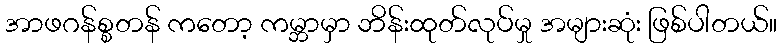
အာဖဂန်စ္စတန် ကတော့ ကမ္ဘာမှာ ဘိန်းထုတ်လုပ်မှု အများဆုံး ဖြစ်ပါတယ်။